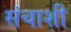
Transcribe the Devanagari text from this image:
संचाशी